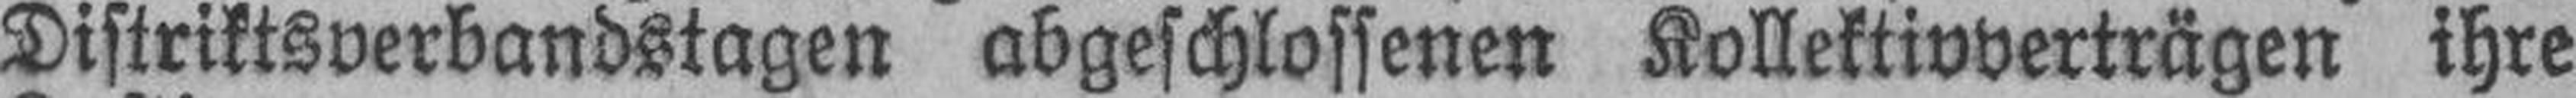
Distriktsverbandstagen abgeschlossenen Kollektivverträgen ihre